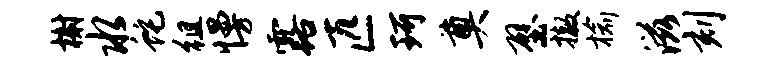
榭水蛇徂慢露匹珂奠壁撤榆滋刻